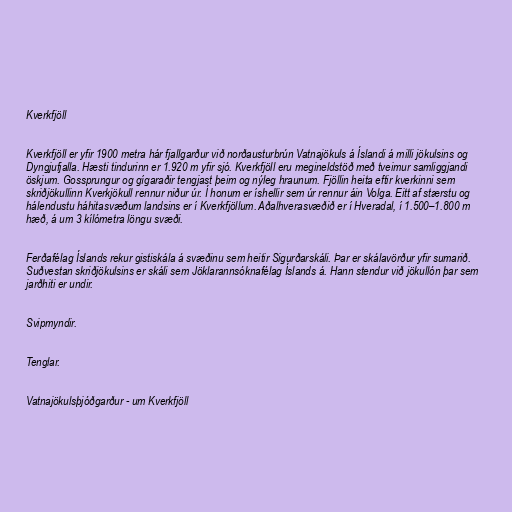
Kverkfjöll

Kverkfjöll er yfir 1900 metra hár fjallgarður við norðausturbrún Vatnajökuls á Íslandi á milli jökulsins og
Dyngjufjalla. Hæsti tindurinn er 1.920 m yfir sjó. Kverkfjöll eru megineldstöð með tveimur samliggjandi
öskjum. Gossprungur og gígaraðir tengjast þeim og nýleg hraunum. Fjöllin heita eftir kverkinni sem
skriðjökullinn Kverkjökull rennur niður úr. Í honum er íshellir sem úr rennur áin Volga. Eitt af stærstu og
hálendustu háhitasvæðum landsins er í Kverkfjöllum. Aðalhverasvæðið er í Hveradal, í 1.500–1.800 m
hæð, á um 3 kílómetra löngu svæði.

Ferðafélag Íslands rekur gistiskála á svæðinu sem heitir Sigurðarskáli. Þar er skálavörður yfir sumarið.
Suðvestan skriðjökulsins er skáli sem Jöklarannsóknafélag Íslands á. Hann stendur við jökullón þar sem
jarðhiti er undir.

Svipmyndir.

Tenglar.

Vatnajökulsþjóðgarður - um Kverkfjöll